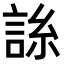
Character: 𧧈